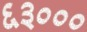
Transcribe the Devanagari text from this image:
६३०००